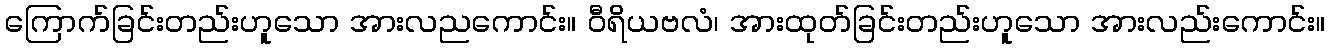
ကြောက်ခြင်းတည်းဟူသော အားလညကောင်း။ ဝီရိယဗလံ၊ အားထုတ်ခြင်းတည်းဟူသော အားလည်းကောင်း။